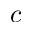
c